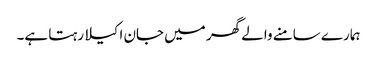
ہمارے سامنے والے گھر میں جان اکیلا رہتا ہے۔